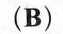
（B）